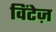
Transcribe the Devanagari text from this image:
विंटेज़